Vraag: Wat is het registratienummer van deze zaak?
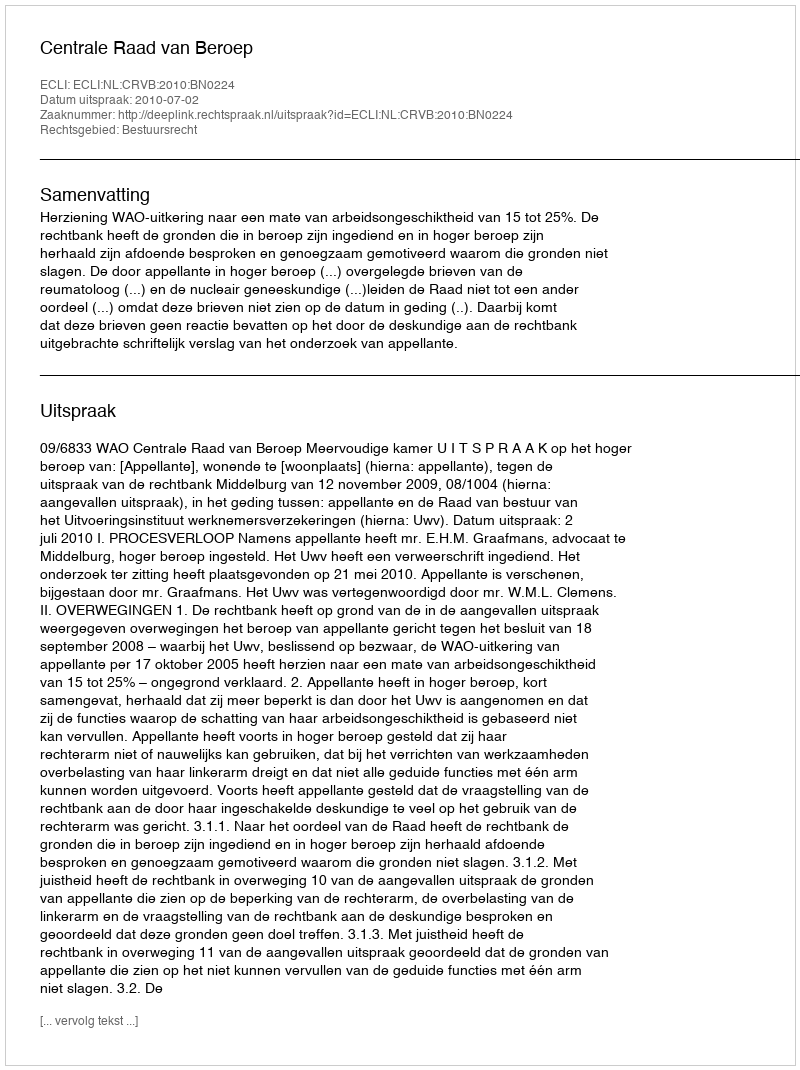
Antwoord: http://deeplink.rechtspraak.nl/uitspraak?id=ECLI:NL:CRVB:2010:BN0224